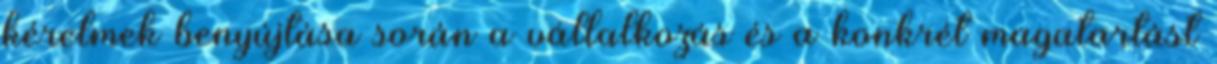
kérelmek benyújtása során a vállalkozás és a konkrét magatartást